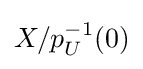
X/p_{U}^{-1}(0)